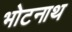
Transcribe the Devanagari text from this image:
भोटनाथ